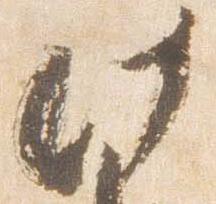
此